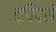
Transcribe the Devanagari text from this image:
द्विपसे